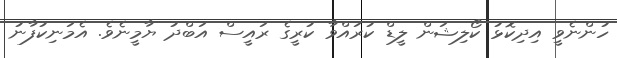
ހުންނެވީ އިދިކޮޅު ކޯލިޝަން ލީޑް ކުރައްވާ ކުރީގެ ރައީސް އަބްދު ޔާމީނެވެ. އެމަނިކުފާނު